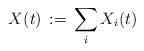
LaTeX: \begin{align*}X(t)\,:=\,\sum_i X_i(t)\end{align*}